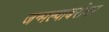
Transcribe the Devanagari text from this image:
जन्मल्याबरोबर